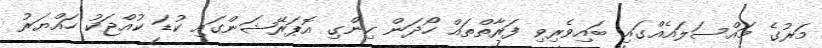
މަރުގެ މައްސަލައެއްގައި ބައިވެރިވި ފަރާތްތައް ހޯދަން ހިންގި އޮޕަރޭޝަންގައި ކުޑަ ކުއްޖަކު ހައްޔަރު